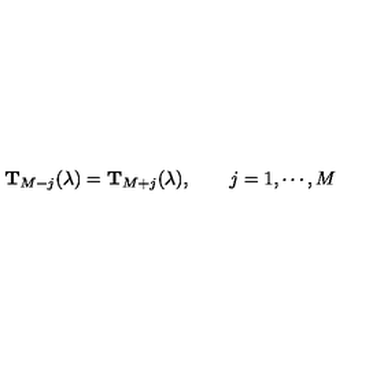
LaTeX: { \bf T } _ { M - j } ( \lambda ) = { \bf T } _ { M + j } ( \lambda ) , \qquad j = 1 , \cdots , M